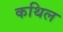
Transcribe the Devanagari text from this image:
कथिल